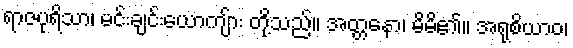
ရာဇပုရိသာ၊ မင်းချင်းယောကျ်ား တို့သည်။ အတ္တနော၊ မိမိ၏။ အရုစိယာဝ၊